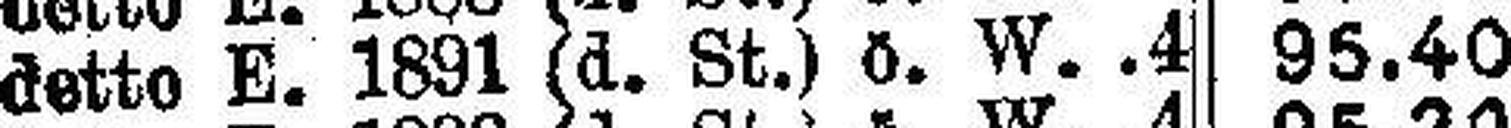
detto E. 1891 (d. St.) ö. W.4